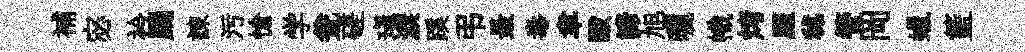
補宓衿颺諫污愴学瓮磋瑱淚蹊弔最毒聿毆諦旭曬幟烤臞秫管岡蠟籃